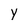
Character: y